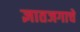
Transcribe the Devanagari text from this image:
ज्ञातजगाचे